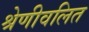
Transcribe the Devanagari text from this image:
श्रेणीवलित